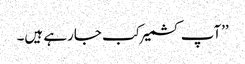
’’آپ کشمیر کب جارہے ہیں۔